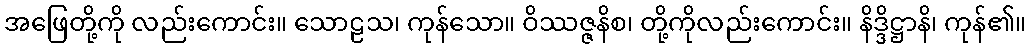
အဖြေတို့ကို လည်းကောင်း။ သောဠသ၊ ကုန်သော။ ဝိဿဇ္ဇနိစ၊ တို့ကိုလည်းကောင်း။ နိဒ္ဒိဋ္ဌာနိ၊ ကုန်၏။